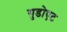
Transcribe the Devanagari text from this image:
गुडोएट